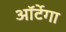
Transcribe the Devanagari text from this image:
ऑर्टेगा